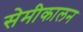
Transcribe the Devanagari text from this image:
सेमीकालन